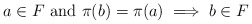
\begin{align*}a \in F \textup{ and } \pi(b) = \pi(a) \implies b \in F\end{align*}